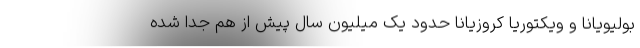
بولیویانا و ویکتوریا کروزیانا حدود یک میلیون سال پیش از هم جدا شده